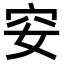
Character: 𥤨